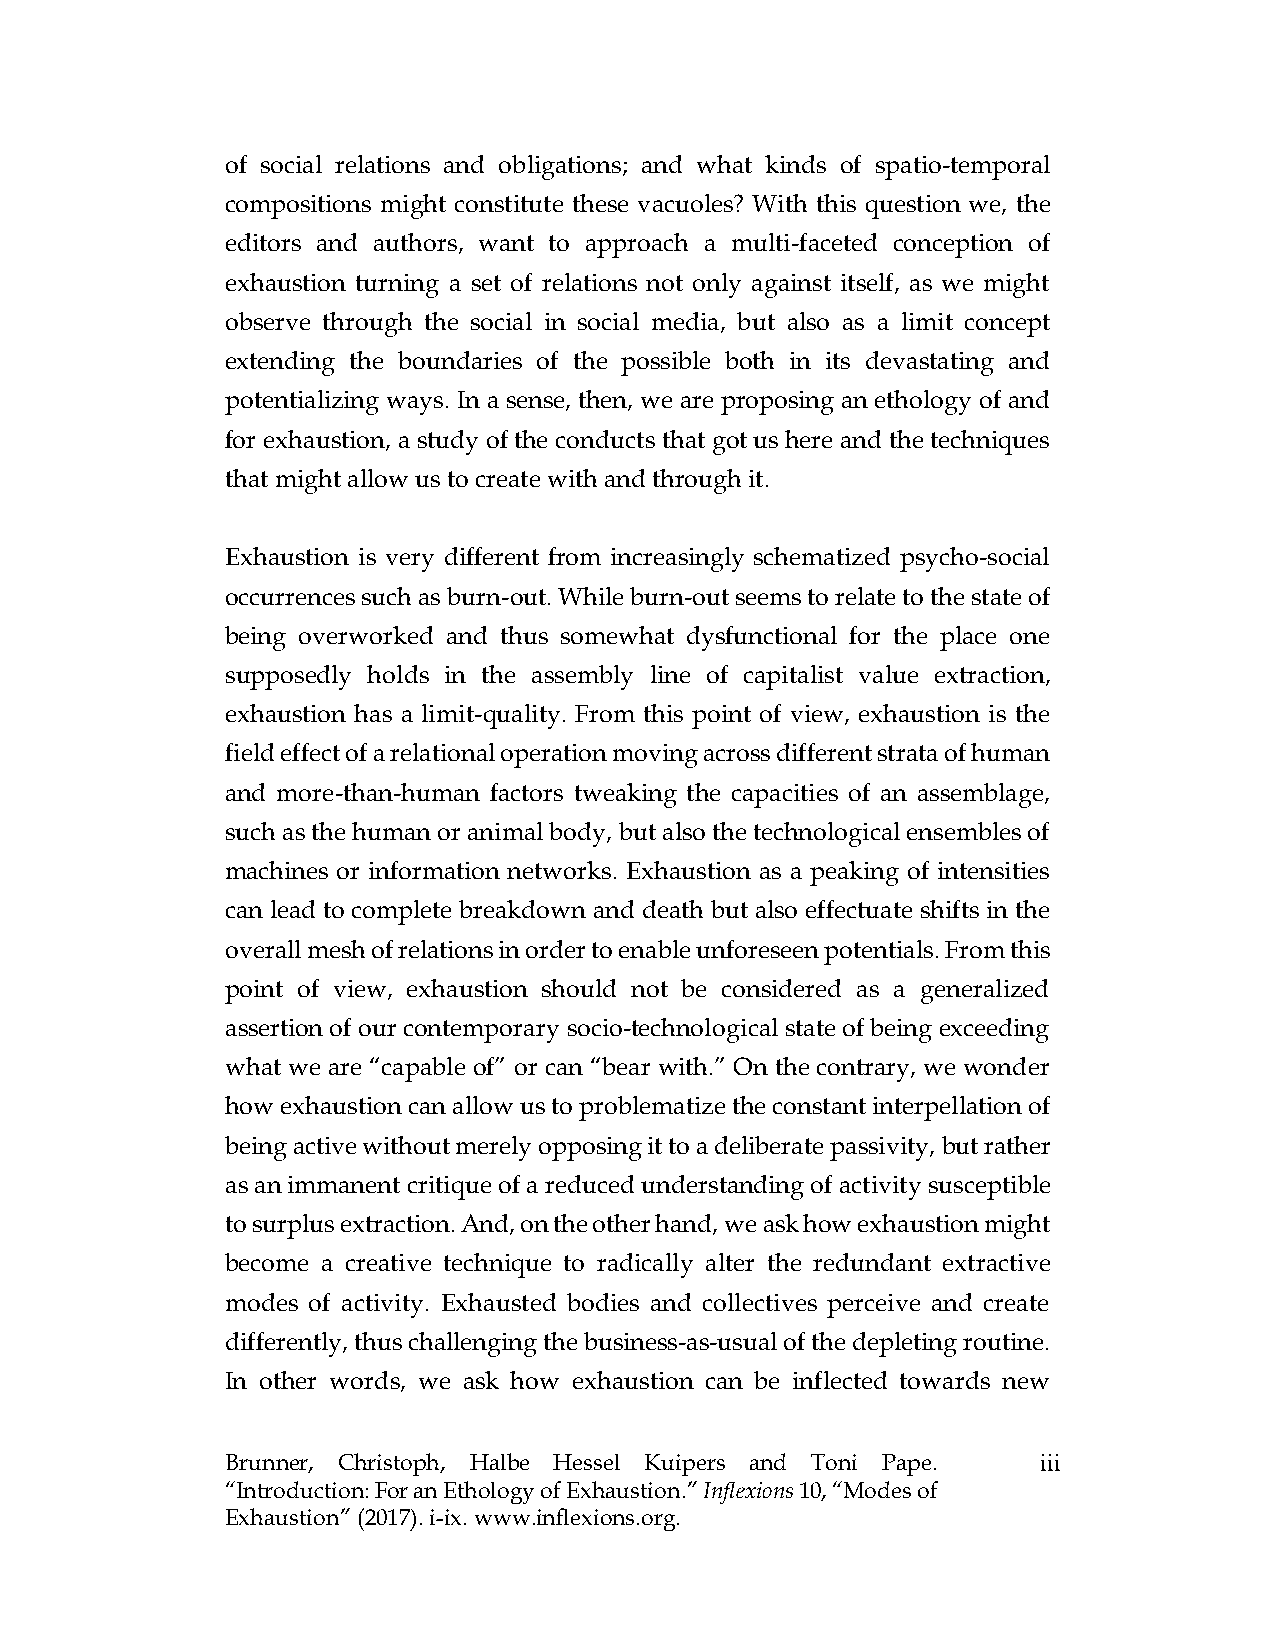
of social relations and obligations; and what kinds of spatio-temporal
 compositions might constitute these vacuoles? With this question we, the
 editors and authors, want to approach a multi-faceted conception of
 exhaustion turning a set of relations not only against itself, as we might
 observe through the social in social media, but also as a limit concept
 extending the boundaries of the possible both in its devastating and
 potentializing ways. In a sense, then, we are proposing an ethology of and
 for exhaustion, a study of the conducts that got us here and the techniques
 that might allow us to create with and through it.
 Exhaustion is very different from increasingly schematized psycho-social
 occurrences such as burn-out. While burn-out seems to relate to the state of
 being overworked and thus somewhat dysfunctional for the place one
 supposedly holds in the assembly line of capitalist value extraction,
 exhaustion has a limit-quality. From this point of view, exhaustion is the
 field effect of a relational operation moving across different strata of human
 and more-than-human factors tweaking the capacities of an assemblage,
 such as the human or animal body, but also the technological ensembles of
 machines or information networks. Exhaustion as a peaking of intensities
 can lead to complete breakdown and death but also effectuate shifts in the
 overall mesh of relations in order to enable unforeseen potentials. From this
 point of view, exhaustion should not be considered as a generalized
 assertion of our contemporary socio-technological state of being exceeding
 what we are “capable of” or can “bear with.” On the contrary, we wonder
 how exhaustion can allow us to problematize the constant interpellation of
 being active without merely opposing it to a deliberate passivity, but rather
 as an immanent critique of a reduced understanding of activity susceptible
 to surplus extraction. And, on the other hand, we ask how exhaustion might
 become a creative technique to radically alter the redundant extractive
 modes of activity. Exhausted bodies and collectives perceive and create
 differently, thus challenging the business-as-usual of the depleting routine.
 In other words, we ask how exhaustion can be inflected towards new
 Brunner, Christoph, Halbe Hessel Kuipers and Toni Pape. iii
 “Introduction: For an Ethology of Exhaustion.” Inflexions 10, “Modes of
 Exhaustion” (2017). i-ix. www.inflexions.org.